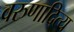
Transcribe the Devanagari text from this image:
वरुणादित्य